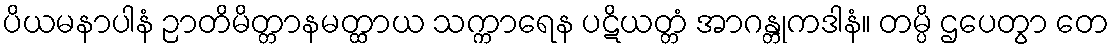
ပိယမနာပါနံ ဉာတိမိတ္တာနမတ္ထာယ သက္ကာရေန ပဋိယတ္တံ အာဂန္တုကဒါနံ။ တမ္ပိ ဌပေတွာ တေ